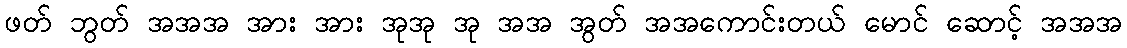
ဖတ် ဘွတ် အအအ အား အား အုအု အု အအ အွတ် အအကောင်းတယ် မောင် ဆောင့် အအအ